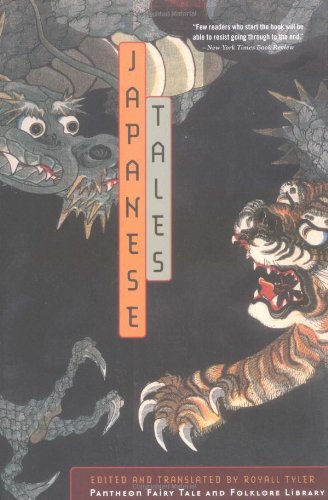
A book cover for Japanese Tales (The Pantheon Fairy Tale and Folklore Library); Royall Tyler; Science Fiction & Fantasy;